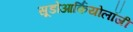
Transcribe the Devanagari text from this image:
सूडोआर्कियोलॉजी